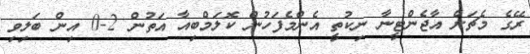
ރޭގެ މެޗަށް އާޖެންޓީނާ ނިކުތީ އެންމެފަހުން ކޮލަމްބިއާ އަތުން 2-0 އިން ބަލިވި